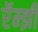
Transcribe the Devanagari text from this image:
रॅम्झी